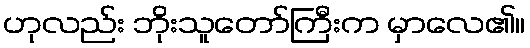
ဟုလည်း ဘိုးသူတော်ကြီးက မှာလေ၏။